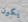
يكون